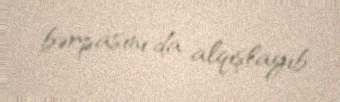
bərpasını da alqışlayıb.